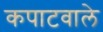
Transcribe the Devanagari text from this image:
कपाटवाले